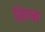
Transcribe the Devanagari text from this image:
खिंगन